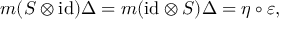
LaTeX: m ( S \otimes \mathrm { i d } ) \Delta = m ( \mathrm { i d } \otimes S ) \Delta = \eta \circ \varepsilon ,